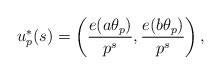
\begin{align*}u^*_p(s) = \left(\frac{e(a\theta_p)}{p^s},\frac{e(b\theta_p)}{p^s}\right),\end{align*}